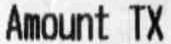
AMOUNT TX